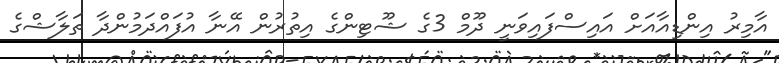
އާމިރު އިންޑިއާއަށް އައިސްފައިވަނީ ދޫމް 3ގެ ޝޫޓިންގެ އިތުރުން އޭނާ އުފައްދަމުންދާ ތަލާޝްގެ